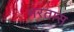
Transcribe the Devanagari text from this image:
भरतास